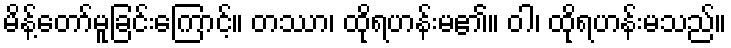
မိန့်တော်မူခြင်းကြောင့်။ တဿာ၊ ထိုရဟန်းမ၏။ ဝါ၊ ထိုရဟန်းမသည်။